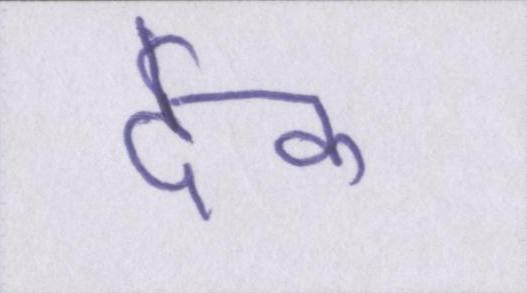
देक